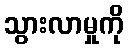
သွားလာမှုကို